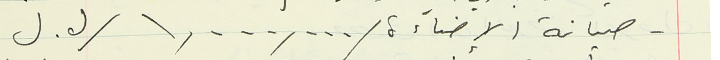
- صيانة الإضاءة ١,٠٠٠,٠٠٠ / ل. ل